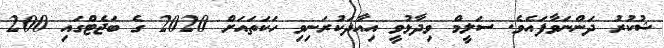
ޝުކުރު ދަންނަވާފައެވެ. ސަލީމް ވިދާޅުވީ އިއާދަކުރަނިވި ހަކަތައަށް 2020 ގެ ބަޖެޓްގައި 200